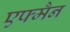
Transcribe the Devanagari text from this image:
एफ्मैन